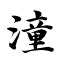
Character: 潼